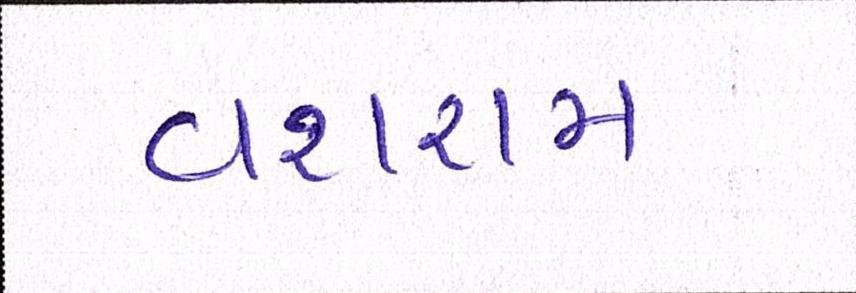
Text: વશરામ